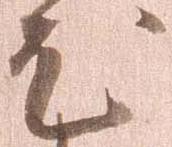
尤